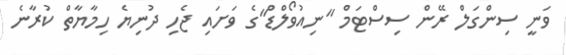
ވަނީ ސިންގަލް ރޭން ސިސްޓަމް "ނިއުވޯލްޑް"ގެ ވަށައި ޖެހި ދުނިޔެ ހިމާޔާތް ކުރާނެ